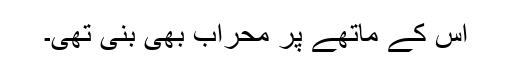
اس کے ماتھے پر محراب بھی بنی تھی۔